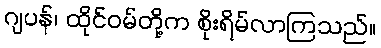
ဂျပန်၊ ထိုင်ဝမ်တို့က စိုးရိမ်လာကြသည်။